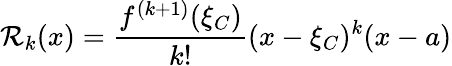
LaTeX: \mathcal{R}_{k}(x)={\frac{{f^{(k+1)}(\xi_{C})}}{{k!}}}(x-\xi_{C})^{k}(x-a)